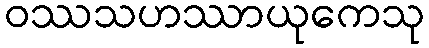
ဝဿသဟဿာယုကေသု